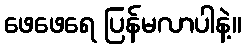
ဖေဖေရေ ပြန်မလာပါနဲ့။